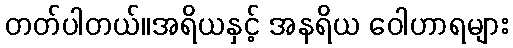
တတ်ပါတယ်။အရိယနှင့် အနရိယ ဝေါဟာရများ